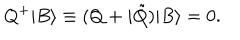
Q ^ { + } | B \rangle \equiv ( Q + i \tilde { Q } ) | B \rangle = 0 .